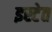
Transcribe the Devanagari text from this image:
इस्टेत